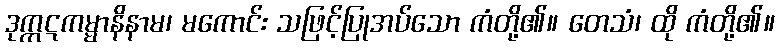
ဒုက္ကဋကမ္မာနိနာမ၊ မကောင်း သဖြင့်ပြုအပ်သော ကံတို့၏။ တေသံ၊ ထို ကံတို့၏။